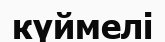
күймелі